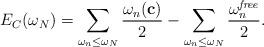
LaTeX: \begin{align*}E_C(\omega_N)=\sum_{\omega_n\leq\omega_N} {\omega_n({\bf c})\over2}-\sum_{\omega_n\leq\omega_N} {\omega_n^{\it free }\over 2}.\end{align*}